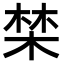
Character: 𣓏